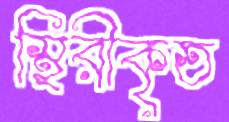
স্থিরীকৃত